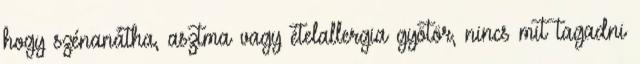
hogy szénanátha, asztma vagy ételallergia gyötör, nincs mit tagadni